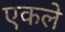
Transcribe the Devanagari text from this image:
एकले